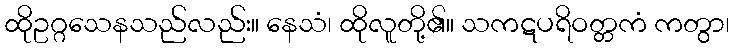
ထိုဥဂ္ဂသေနသည်လည်း။ နေသံ၊ ထိုလူတို့၏။ သကဋပရိဝတ္တကံ ကတွာ၊